Subject: eess
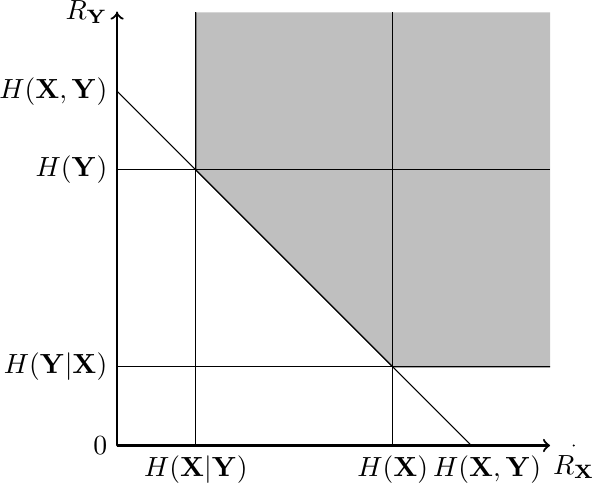
LaTeX code:
    \begin{tikzpicture}
    \draw [thick,->](0,0) -- (5.5,0);
    \draw [thick,->](0,0) -- (0,5.5);
    \fill [gray!50](1,5.5) -- (1,3.5) -- (3.5,1) -- (5.5,1) -- (5.5,5.5);
    \draw [thin](0,1) -- (5.5,1);
    \draw [thin](0,3.5) -- (5.5,3.5);
    \draw [thin](1,0) -- (1,5.5);
    \draw [thin](3.5,0) -- (3.5,5.5);
    \draw [thin](4.5,0) -- (0,4.5);
    \draw [thin](1,5.5) -- (1,3.5) -- (3.5,1) -- (5.5,1);
    \filldraw[black] (1,0) circle (0.1pt) node[anchor=north] {$H(\mathbf{X}|\mathbf{Y})$};
    \filldraw[black] (3.5,0) circle (0.1pt) node[anchor=north] {$H(\mathbf{X})$};
    \filldraw[black] (4.7,0) circle (0.1pt) node[anchor=north] {$H(\mathbf{X},\mathbf{Y})$};
    \filldraw[black] (0,1) circle (0.1pt) node[anchor=east] {$H(\mathbf{Y}|\mathbf{X})$};
    \filldraw[black] (0,3.5) circle (0.1pt) node[anchor=east] {$H(\mathbf{Y})$};
    \filldraw[black] (0,4.5) circle (0.1pt) node[anchor=east] {$H(\mathbf{X},\mathbf{Y})$};
    \filldraw[black] (5.8,0) circle (0.1pt) node[anchor=north] {$R_\mathbf{X}$};
    \filldraw[black] (0,5.5) circle (0.1pt) node[anchor=east] {$R_\mathbf{Y}$};
    \filldraw[black] (0,0) circle (0.1pt) node[anchor=east] {$0$};
    \end{tikzpicture}